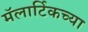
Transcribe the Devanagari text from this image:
मॅलार्टिकच्या